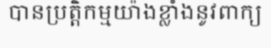
បានប្រត្តិកម្មយ៉ាងខ្លាំងនូវពាក្យ